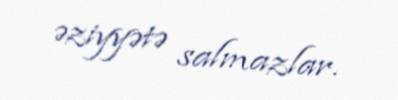
əziyyətə salmazlar.